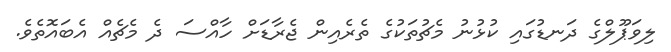
ލިވަޕޫލްގެ ދަނޑުގައި ކުޅުނު މެޗުތަކުގެ ތެރެއިން ޖެެރާޑަށް ހާއްސަ ދެ މެޗެއް އެބައޮތެވެ.